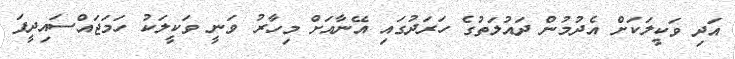
އަދި ވަކީލަކަށް އެދުމުން ދައުލަތުގެ ހަރަދުގައި އޭނާއަށް މިހާރު ވަނީ ވަކީލަކު ހަމަޖައްސައިދީފަ